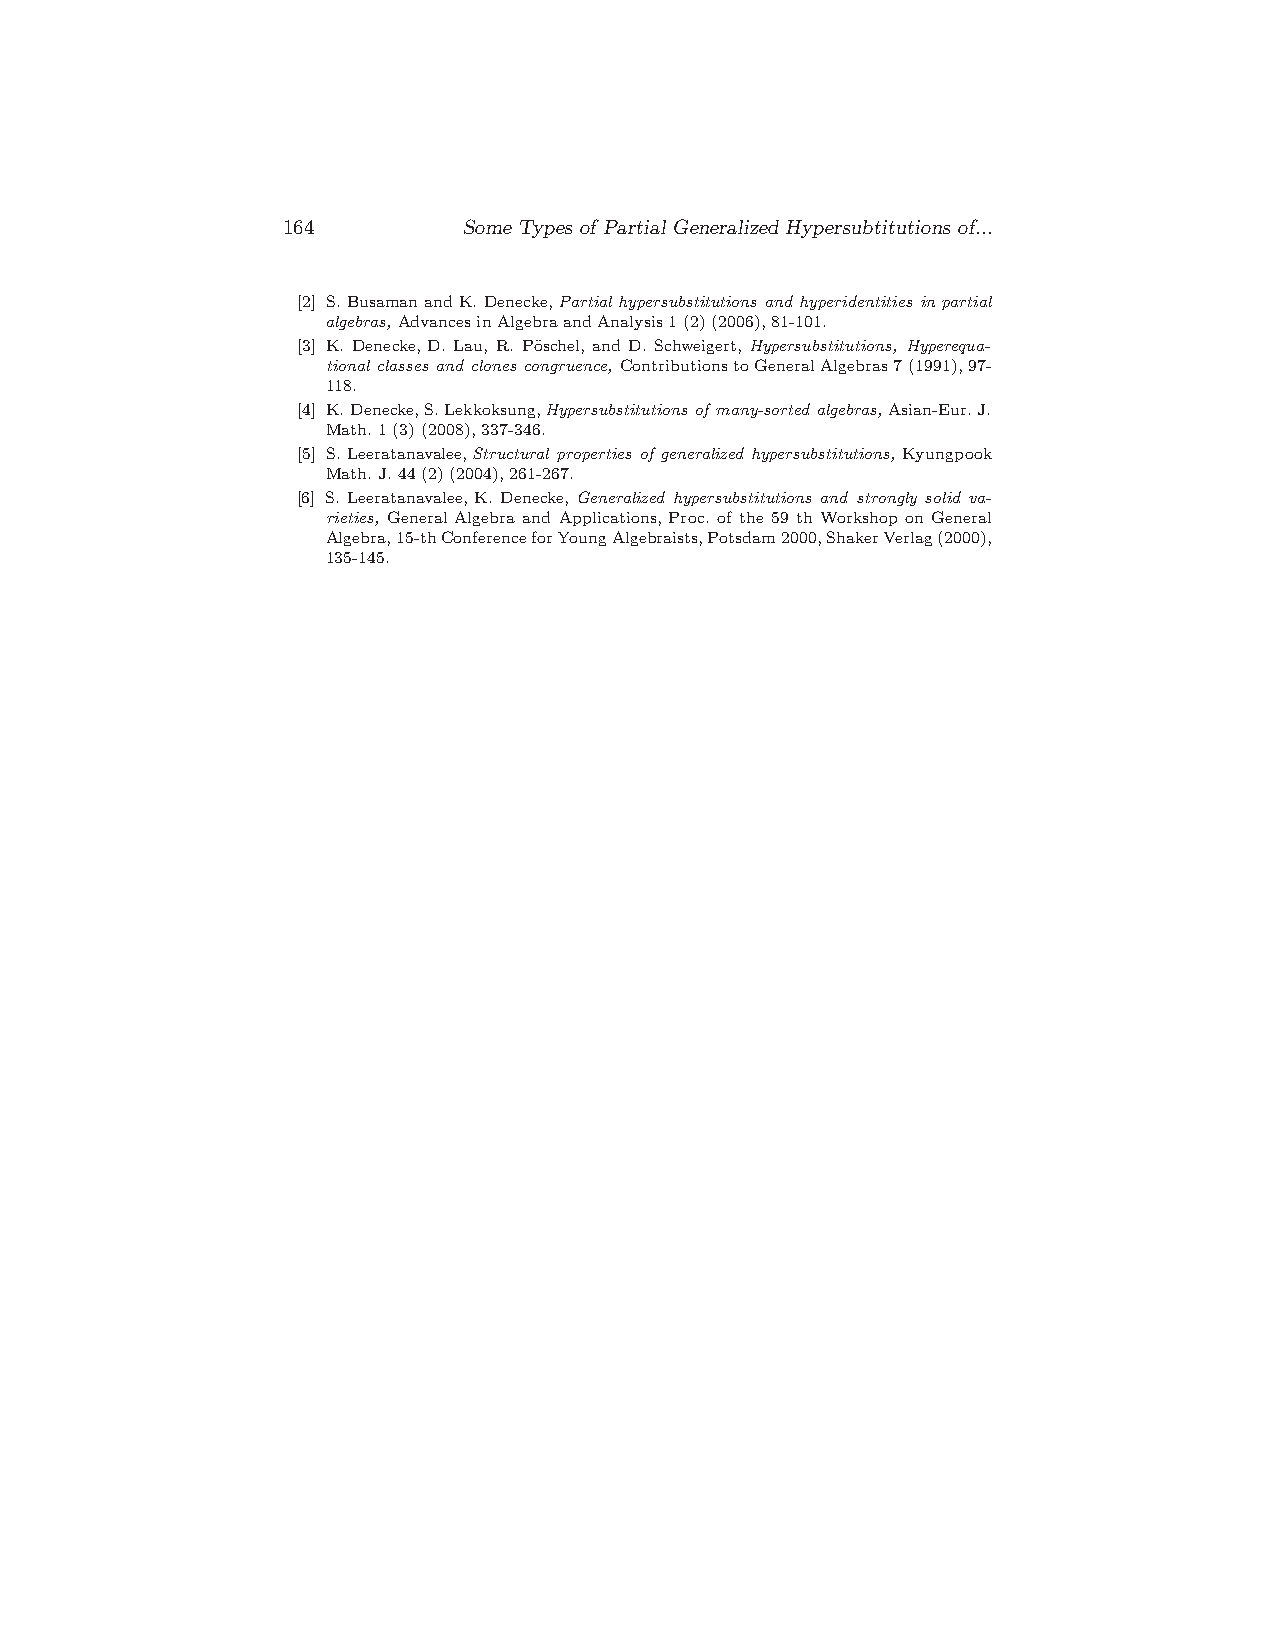
164         Some Types of Partial Generalized Hypersubtitutions of...
 [2] S.BusamanandK. Denecke,Partial hypersubstitutions and hyperidentities in partial
 algebras, AdvancesinAlgebraandAnalysis1(2)(2006),81-101.
 [3] K. Denecke, D. Lau, R. P¨oschel, and D. Schweigert, Hypersubstitutions, Hyperequa-
 tional classes and clones congruence, ContributionstoGeneralAlgebras7(1991),97-
 118.
 [4] K.Denecke,S.Lekkoksung,Hypersubstitutions of many-sorted algebras, Asian-Eur.J.
 Math.1(3)(2008),337-346.
 [5] S. Leeratanavalee,Structural properties of generalized hypersubstitutions, Kyungpook
 Math.J.44(2)(2004),261-267.
 [6] S. Leeratanavalee, K. Denecke, Generalized hypersubstitutions and strongly solid va-
 rieties, General Algebra and Applications, Proc. of the 59 th Workshop on General
 Algebra,15-thConferenceforYoungAlgebraists,Potsdam2000,ShakerVerlag(2000),
 135-145.